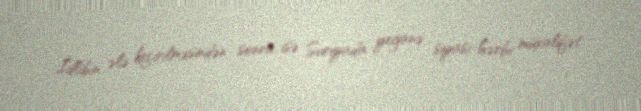
İdlibin ələ keçirilməsindən sonra isə Suriyada yeganə siyasi-hərbi müxalifət